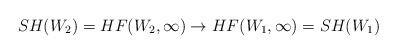
\begin{align*}SH(W_2)=HF(W_2,\infty)\to HF(W_1,\infty)=SH(W_1) \end{align*}